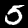
Digit: 5